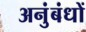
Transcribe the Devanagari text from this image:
अनुंबंधों